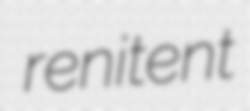
renitent